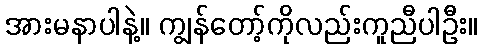
အားမနာပါနဲ့။ ကျွန်တော့်ကိုလည်းကူညီပါဦး။